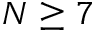
N \geq 7